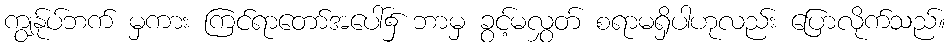
ကျွန်ုပ်ဘက် မှကား ကြင်ရာတော်အပေါ်၌ ဘာမှ ခွင့်မလွှတ် စရာမရှိပါဟုလည်း ပြောလိုက်သည်။